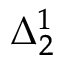
\Delta _ { 2 } ^ { 1 }